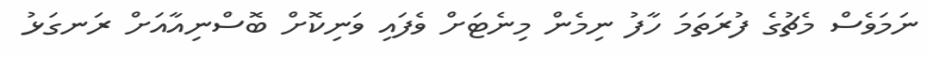
ނަމަވެސް މެޗުގެ ފުރަތަމަ ހާފު ނިމެން މިނެޓަށް ވެފައި ވަނިކޮށް ބޮސްނިއާއަށް ރަނގަޅު